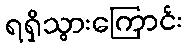
ရရှိသွားကြောင်း